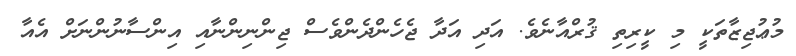
މުޢުޖިޒާތަކީ މި ކީރިތި ޤުރްއާނެވެ. އަދި އަދާ ޖެހެންދެންވެސް ޖިންނިންނާއި އިންސާނުންނަށް އެއާ